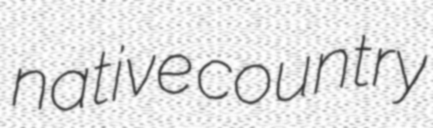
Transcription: native country